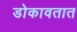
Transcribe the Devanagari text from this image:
डोकावतात